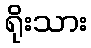
ရိုးသား